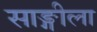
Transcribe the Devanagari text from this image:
साङ्गीला